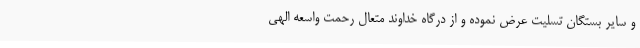
و سایر بستگان تسلیت عرض نموده و از درگاه خداوند متعال رحمت واسعه الهی